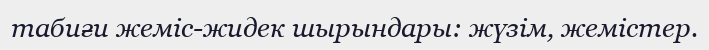
табиғи жеміс-жидек шырындары: жүзім, жемістер.